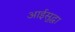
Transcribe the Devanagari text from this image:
आईसुद्धा